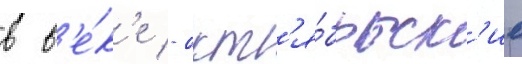
в в'е́к'е - окт'я́брьск'ие